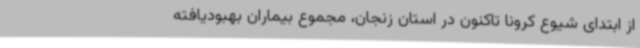
از ابتدای شیوع کرونا تاکنون در استان زنجان، مجموع بیماران بهبودیافته